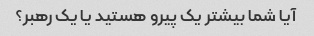
آیا شما بیشتر یک پیرو هستید یا یک رهبر؟